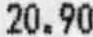
20.90